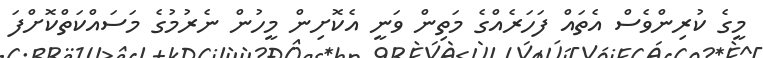
މީގެ ކުރިންވެސް އެތައް ފަހަރެއްގެ މަތިން ވަނީ އެކޮށިން މީހުން ނެރުމުގެ މަސައްކަތްކޮށްފަ